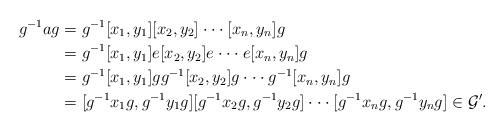
LaTeX: \begin{align*} g^{-1}ag & =g^{-1}[x_1,y_1][x_2,y_2]\cdot \cdot \cdot [x_n,y_n]g \\ & = g^{-1}[x_1,y_1]e[x_2,y_2]e\cdot \cdot \cdot e[x_n,y_n]g \\ & = g^{-1}[x_1,y_1]gg^{-1}[x_2,y_2]g\cdot \cdot \cdot g^{-1}[x_n,y_n]g \\ & =[g^{-1}x_1g,g^{-1}y_1g][g^{-1}x_2g,g^{-1}y_2g]\cdot \cdot \cdot [g^{-1}x_ng,g^{-1}y_ng]\in \mathcal{G}'. \end{align*}